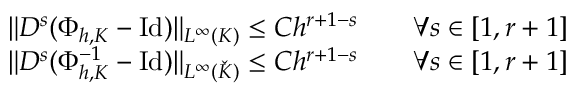
\begin{array} { r } { \begin{array} { r l r l } & { \| D ^ { s } ( \Phi _ { h , K } - \mathrm { I d } ) \| _ { L ^ { \infty } ( K ) } \leq C h ^ { r + 1 - s } } & & { \forall s \in [ 1 , r + 1 ] } \\ & { \| D ^ { s } ( \Phi _ { h , K } ^ { - 1 } - \mathrm { I d } ) \| _ { L ^ { \infty } ( \check { K } ) } \leq C h ^ { r + 1 - s } } & & { \forall s \in [ 1 , r + 1 ] } \end{array} } \end{array}